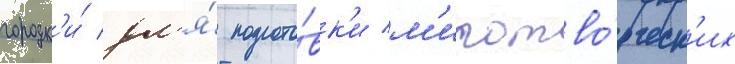
городк'и́ дл'я́ подгото́вк'и м'иротво́рческ'их